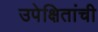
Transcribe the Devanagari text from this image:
उपेक्षितांची